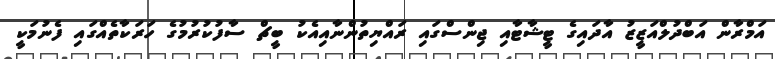
އަމްރާން އަބްދުލްއަޒީޒު އާދައިގެ ޓީޝާޓާއި ޖިންސްގައި ރައްޔިތުންނާއިއެކު ބީޗް ސާފުކުރުމުގެ ހަރަކާތެއްގައި ފެނުމަކީ